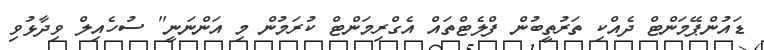
ޑައުންޕޭމަންޓް ދެއްކި ތަރުތީބުން ފްލެޓްތައް އެގްރިމަންޓް ކުރަމުން މި އަންނަނީ" ސުހެއިލް ވިދާޅުވި